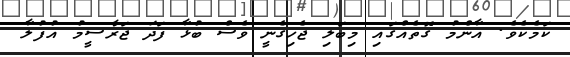
ކަމެކެވެ. އާންމު ގޮތެއްގައި މިބަލި ޖެހިގެނީ ވެސް ބުޅާ ފަދަ ޖަރާސީމު އުފުލާ